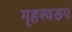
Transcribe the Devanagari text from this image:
गृहस्वरूप